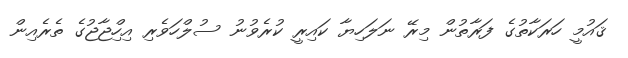
ޤައުމީ ހަރަކާތުގެ ފަރާތުން މިރޭ ނަލަހިޔާ ކައިރީ ކުރެވުނު ސުލްހަވެރި އިހްިޖާޖުގެ ތެރެއިން